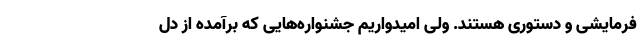
فرمایشی و دستوری هستند. ولی امیدواریم جشنواره‌هایی که برآمده از دل